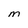
Character: M